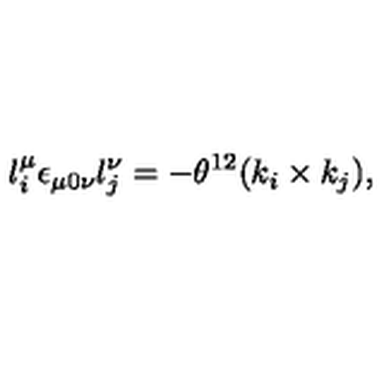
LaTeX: l _ { i } ^ { \mu } \epsilon _ { \mu 0 \nu } l _ { j } ^ { \nu } = - \theta ^ { 1 2 } ( k _ { i } \times k _ { j } ) ,